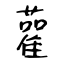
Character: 雚